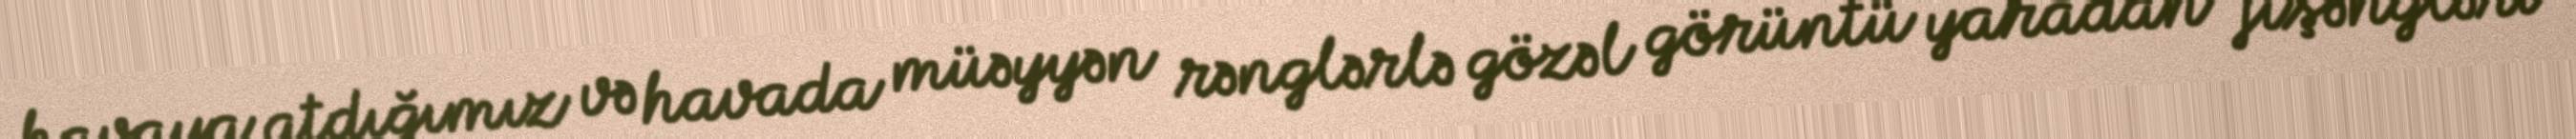
havaya atdığımız və havada müəyyən rənglərlə gözəl görüntü yaradan fişəngləri